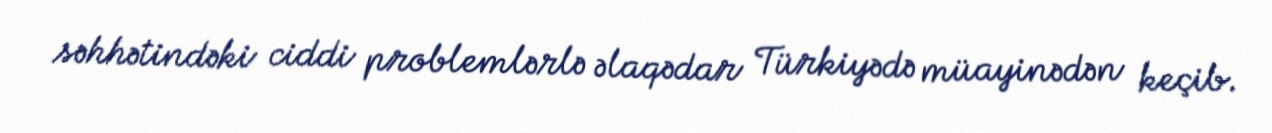
səhhətindəki ciddi problemlərlə əlaqədar Türkiyədə müayinədən keçib.